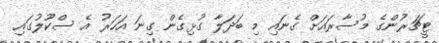
ޓީޗަރުންގެ މުސާރައަށް ގެނައި މި ބަދަލާ ގުޅިގެން ގިނަ އަހަރު އެ ސްކޫލުގައި